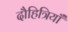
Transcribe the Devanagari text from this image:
दौहित्रियाँ